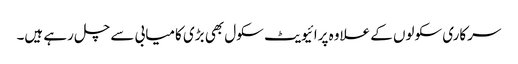
سرکاری سکولوں کے علاوہ پرائیویٹ سکول بھی بڑی کامیابی سے چل رہے ہیں۔